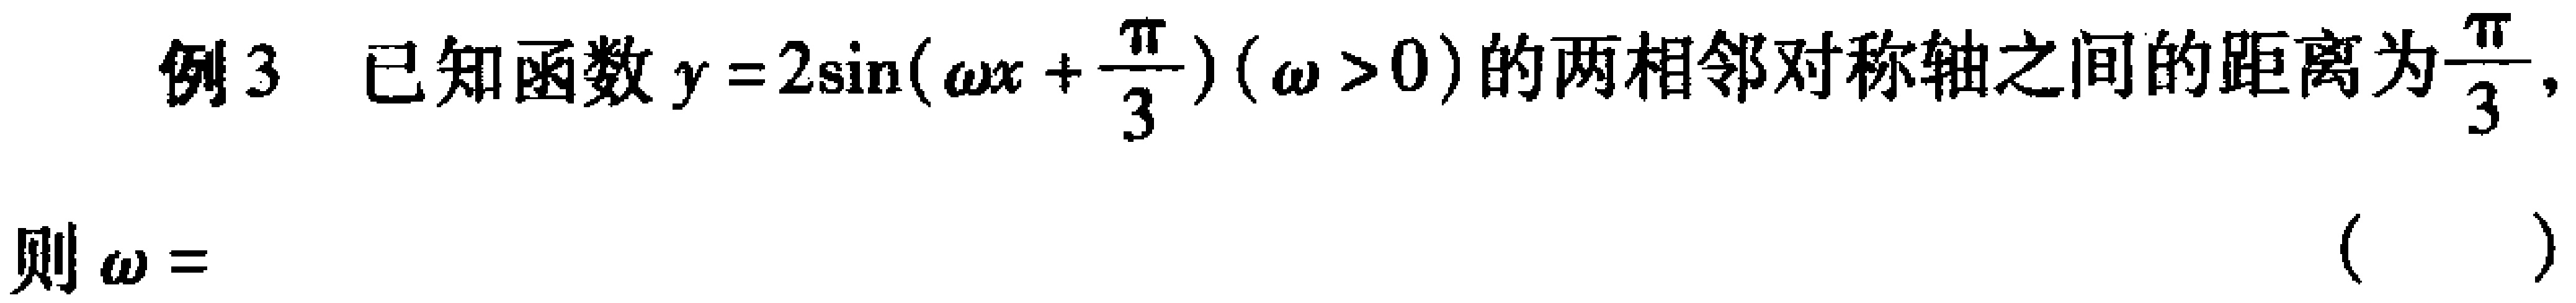
例3 已知函数\(y = 2\sin(\omega x+\frac{\pi}{3})(\omega>0)\)的两相邻对称轴之间的距离为\(\frac{\pi}{3}\)，

则\(\omega =\)（  ）